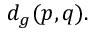
d _ { g } ( p , q ) .